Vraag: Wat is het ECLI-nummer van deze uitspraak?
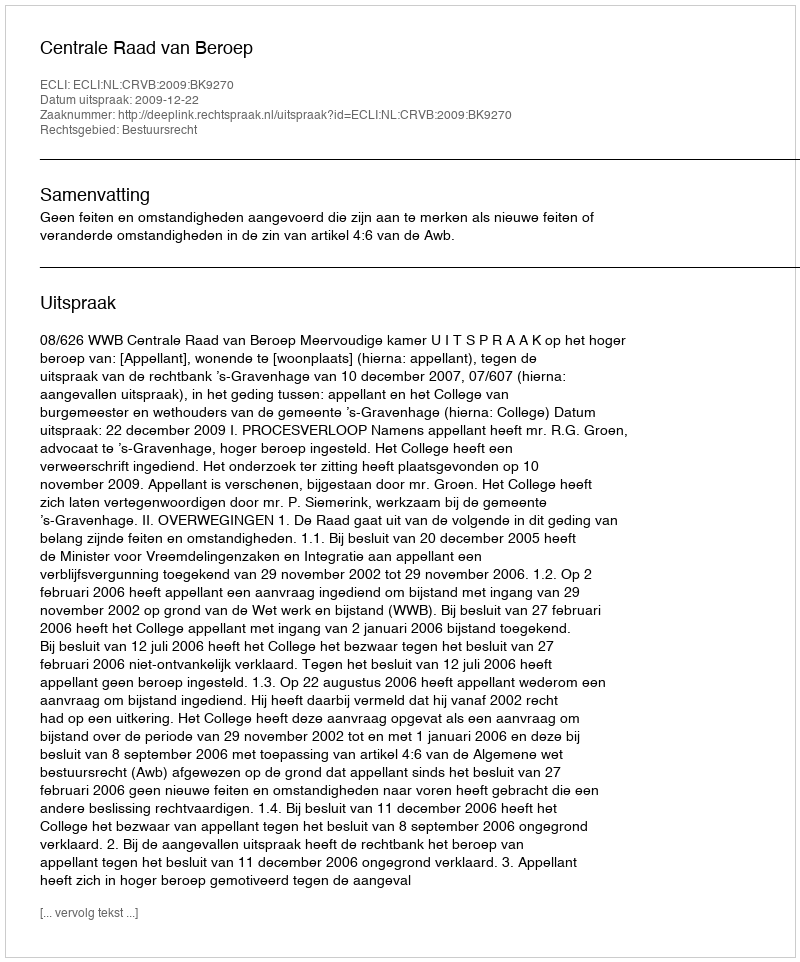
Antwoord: ECLI:NL:CRVB:2009:BK9270